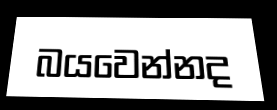
බයවෙන්නද